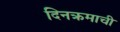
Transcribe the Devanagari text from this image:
दिनक्रमाची